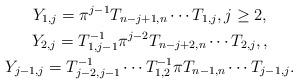
LaTeX: \begin{gather*}Y_{1,j}=\pi^{j-1} T_{n-j+1,n} \cdots T_{1,j}, j \ge 2,\\Y_{2,j}=T_{1,j-1}^{-1}\pi^{j-2} T_{n-j+2,n}\cdots T_{2,j}, ,\\Y_{j-1,j} = T_{j-2,j-1}^{-1} \cdots T_{1,2}^{-1} \pi T_{n-1,n} \cdots T_{j-1,j}.\end{gather*}